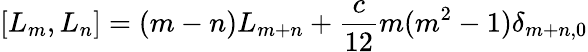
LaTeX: [L_{m},L_{n}]=(m-n)L_{m+n}+\frac{c}{12}m(m^{2}-1)\delta_{m+n,0}